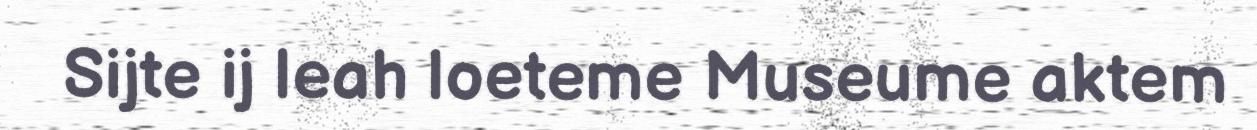
Sijte ij leah loeteme Museume aktem